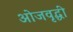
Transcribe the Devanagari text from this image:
ओजवृद्धी